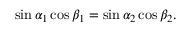
\sin \alpha _ { 1 } \cos \beta _ { 1 } = \sin \alpha _ { 2 } \cos \beta _ { 2 } .